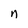
Character: n